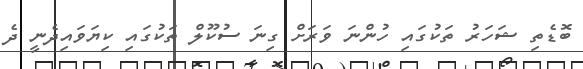
ބޮޑެތި ޝަހަރު ތަކުގައި ހުންނަ ވަރަށް ގިނަ ސުކޫލް ތަކުގައި ކިޔަވައިދެނީ ދެ